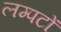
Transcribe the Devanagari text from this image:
लम्पटों